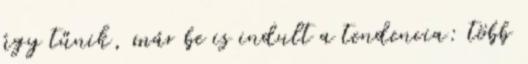
úgy tűnik, már be is indult a tendencia: több